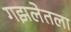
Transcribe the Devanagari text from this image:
गझलेतला